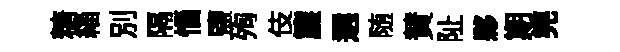
糖緇別隔惱鹽殉伎簾選随賛阯夥期筦